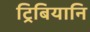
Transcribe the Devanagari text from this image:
ट्रिबियानि